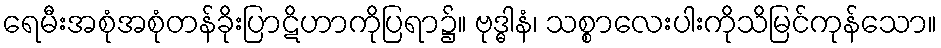
ရေမီးအစုံအစုံတန်ခိုးပြာဋိဟာကိုပြရာ၌။ ဗုဒ္ဓါနံ၊ သစ္စာလေးပါးကိုသိမြင်ကုန်သော။